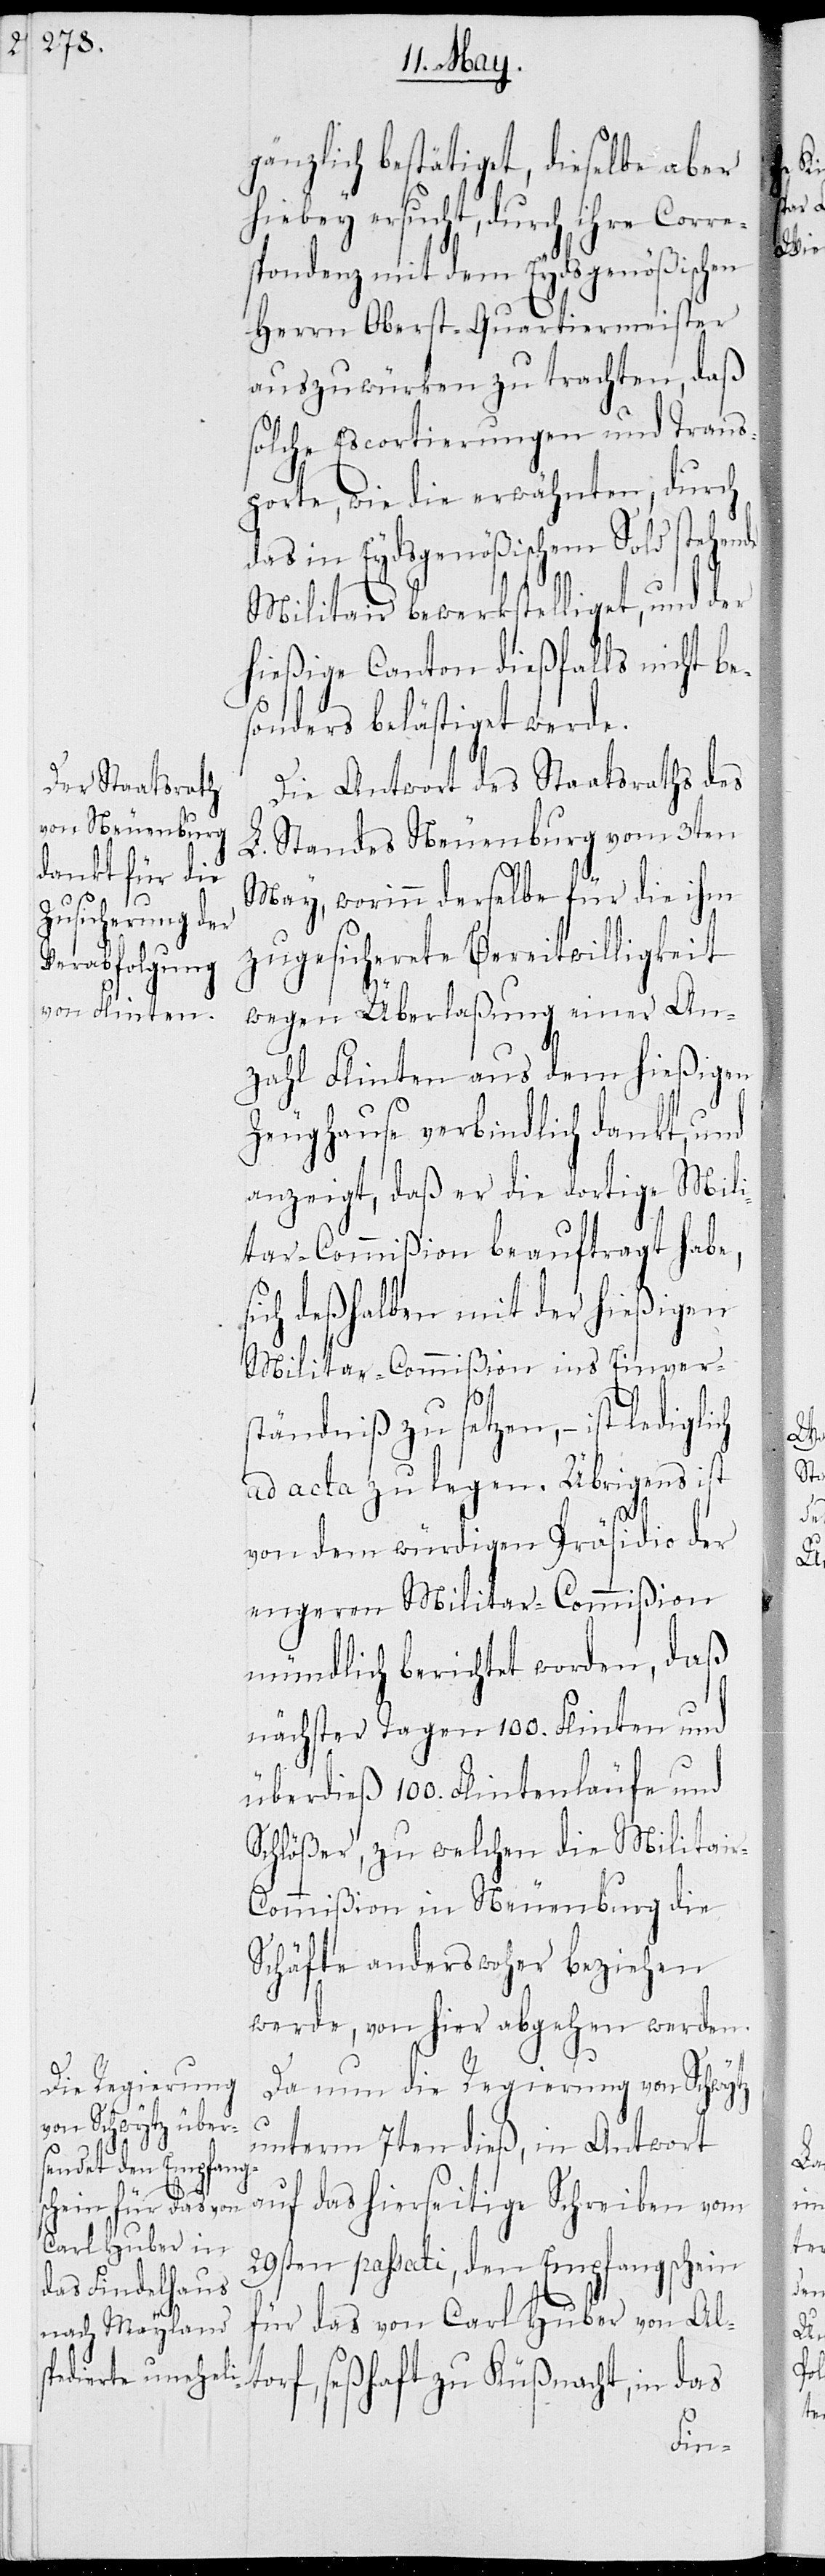
gänzlich bestätiget, dieselbe aber
hiebey ersucht, durch ihre Corre¬
spondenz mit dem Eydsgenößischen
Herrn Oberst-Quartiermeister
auszuwürken zu trachten, daß
solche Escortierungen und Trans¬
porte, wie die erwähnten, durch
das in Eydsgenößischem Sold stehende
Militair bewerkstelliget, und der
hießige Canton dießfalls nicht be¬
sonders belästiget werde.
Die Antwort des Staatsraths des
L. Standes Neuenburg vom 3ten
May, worinn derselbe für die ihm
zugesicherete Bereitwilligkeit
wegen Überlaßung einer An¬
zahl Flinten aus dem hießigen
Zeughause verbindlich dankt, und
anzeigt, daß er die dortige Mili¬
tar-Commißion beauftragt habe,
sich deßhalben mit der hießigen
Militar-Commißion ins Einvers¬
tändniß zu setzen, – ist
ad acta zu legen. Übrigens ist
von dem würdigen Präsidio der
engeren Militar-Commißion
mündlich berichtet worden, daß
nächster Tagen 100. Flinten und
überdieß 100. Flintenläufe und
Schlößer, zu welchem die Militai¬
r-Commißion in Neuenburg die
Schäfte anders woher beziehen
werde, von hier abgehen werden.
Da nun die Regierung von Schwytz
unterm 7ten dieß, in Antwort
auf das hierseitige Schreiben vom
29sten passati, den Empfangschein
für das von Carl Huber von Alt¬
orf, seßhaft zu Küßnacht, in das